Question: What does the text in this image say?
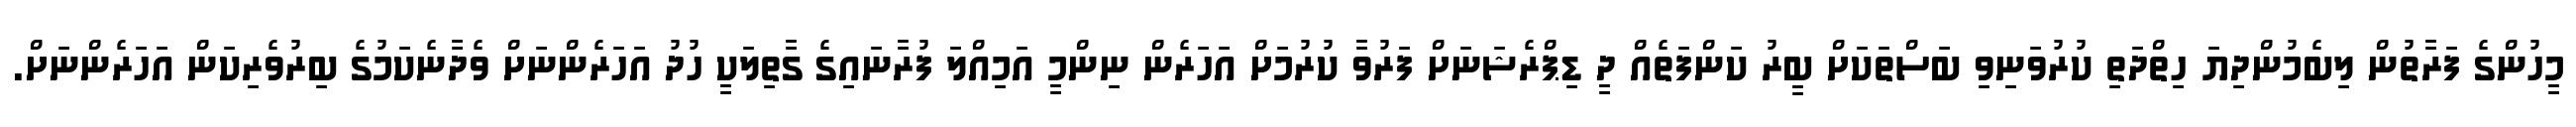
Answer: މީހުންގެ ފަރާތުން ލިބެމުންދިޔަ ހިތްދަތި ކުރުވަނިވި ބަސްތަކަށް ބީރު ކަންފަތެއް ދީ ޑިޕްރެޝަނަށް ފަރުވާ ކުރުމަށް އަހަރެން ނިންމީ އަމިއްލަ ފުރާނައިގެ ގާތިލަކީ ހުދު އަހަރެންނަށް ވެދާނެކަމުގެ ބިރުވެރިކަން އަހަރެންނަށް.